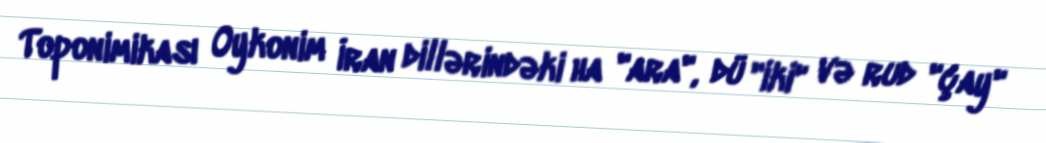
Toponimikası Oykonim İran dillərindəki ha "ara", dü "iki" və rud "çay"